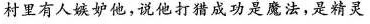
村里有人嫉妒他，说他打猎成功是魔法，是精灵